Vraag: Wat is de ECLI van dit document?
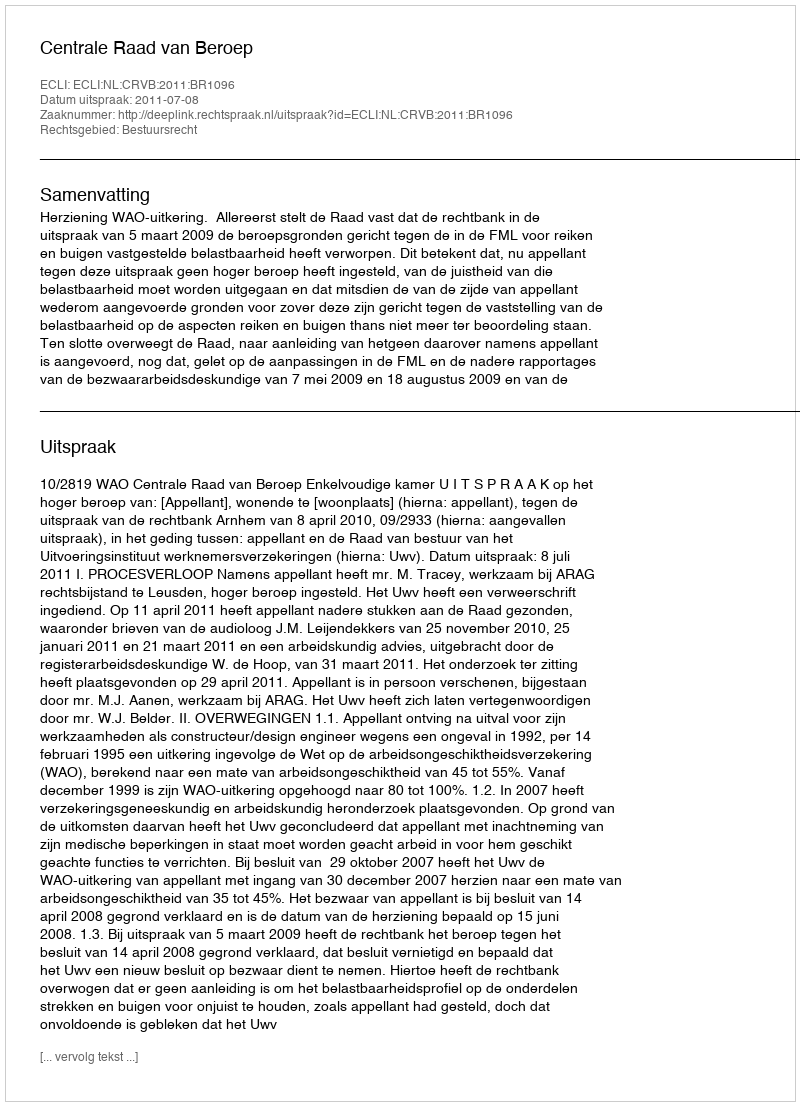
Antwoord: ECLI:NL:CRVB:2011:BR1096